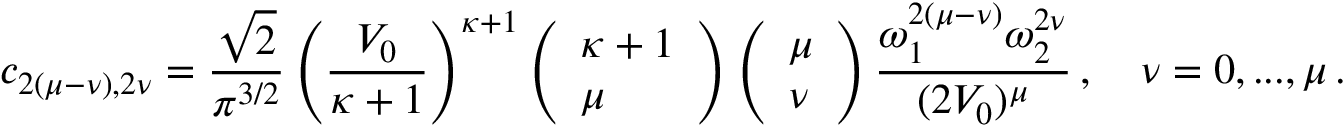
c _ { 2 ( \mu - \nu ) , 2 \nu } = \frac { \sqrt { 2 } } { \pi ^ { 3 / 2 } } \left( \frac { V _ { 0 } } { \kappa + 1 } \right) ^ { \kappa + 1 } \left( \begin{array} { l } { \kappa + 1 } \\ { \mu } \end{array} \right) \left( \begin{array} { l } { \mu } \\ { \nu } \end{array} \right) \frac { \omega _ { 1 } ^ { 2 ( \mu - \nu ) } \omega _ { 2 } ^ { 2 \nu } } { ( 2 V _ { 0 } ) ^ { \mu } } \, , \quad \nu = 0 , . . . , \mu \, .